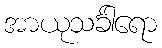
အာယုသင်္ခါရော